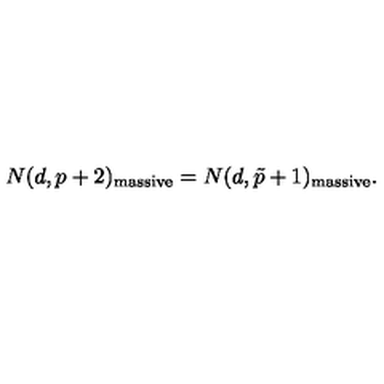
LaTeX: N ( d , p + 2 ) _ { \mathrm { m a s s i v e } } = N ( d , \tilde { p } + 1 ) _ { \mathrm { m a s s i v e } } .